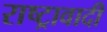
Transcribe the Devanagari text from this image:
राष्ट्रावादी